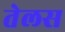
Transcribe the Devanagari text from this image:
तेलस